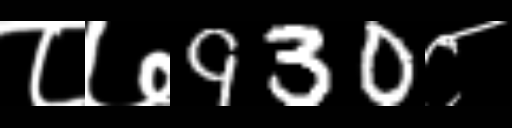
Text: ८७930८